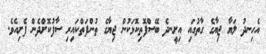
އެހިނދު ލަޔާ ޖިޔާގެ ގާތުގައި އިށީނދެ ބޭސްފޮތިކޮޅަކުން ޖިޔާގެ ތުންފަތްކައިރި ސާފުކޮށްދެން ފެށިއެވެ.